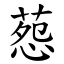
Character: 葾